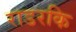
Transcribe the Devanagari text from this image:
राडरकि